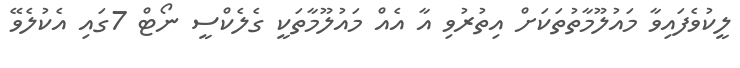
ލީކުވެފައިވާ މައުލޫމާތުތަކަށް އިތުރުވި އާ އެއް މައުލޫމާތަކީ ގެލެކްސީ ނޯޓް 7ގައި އެކުލެވޭ